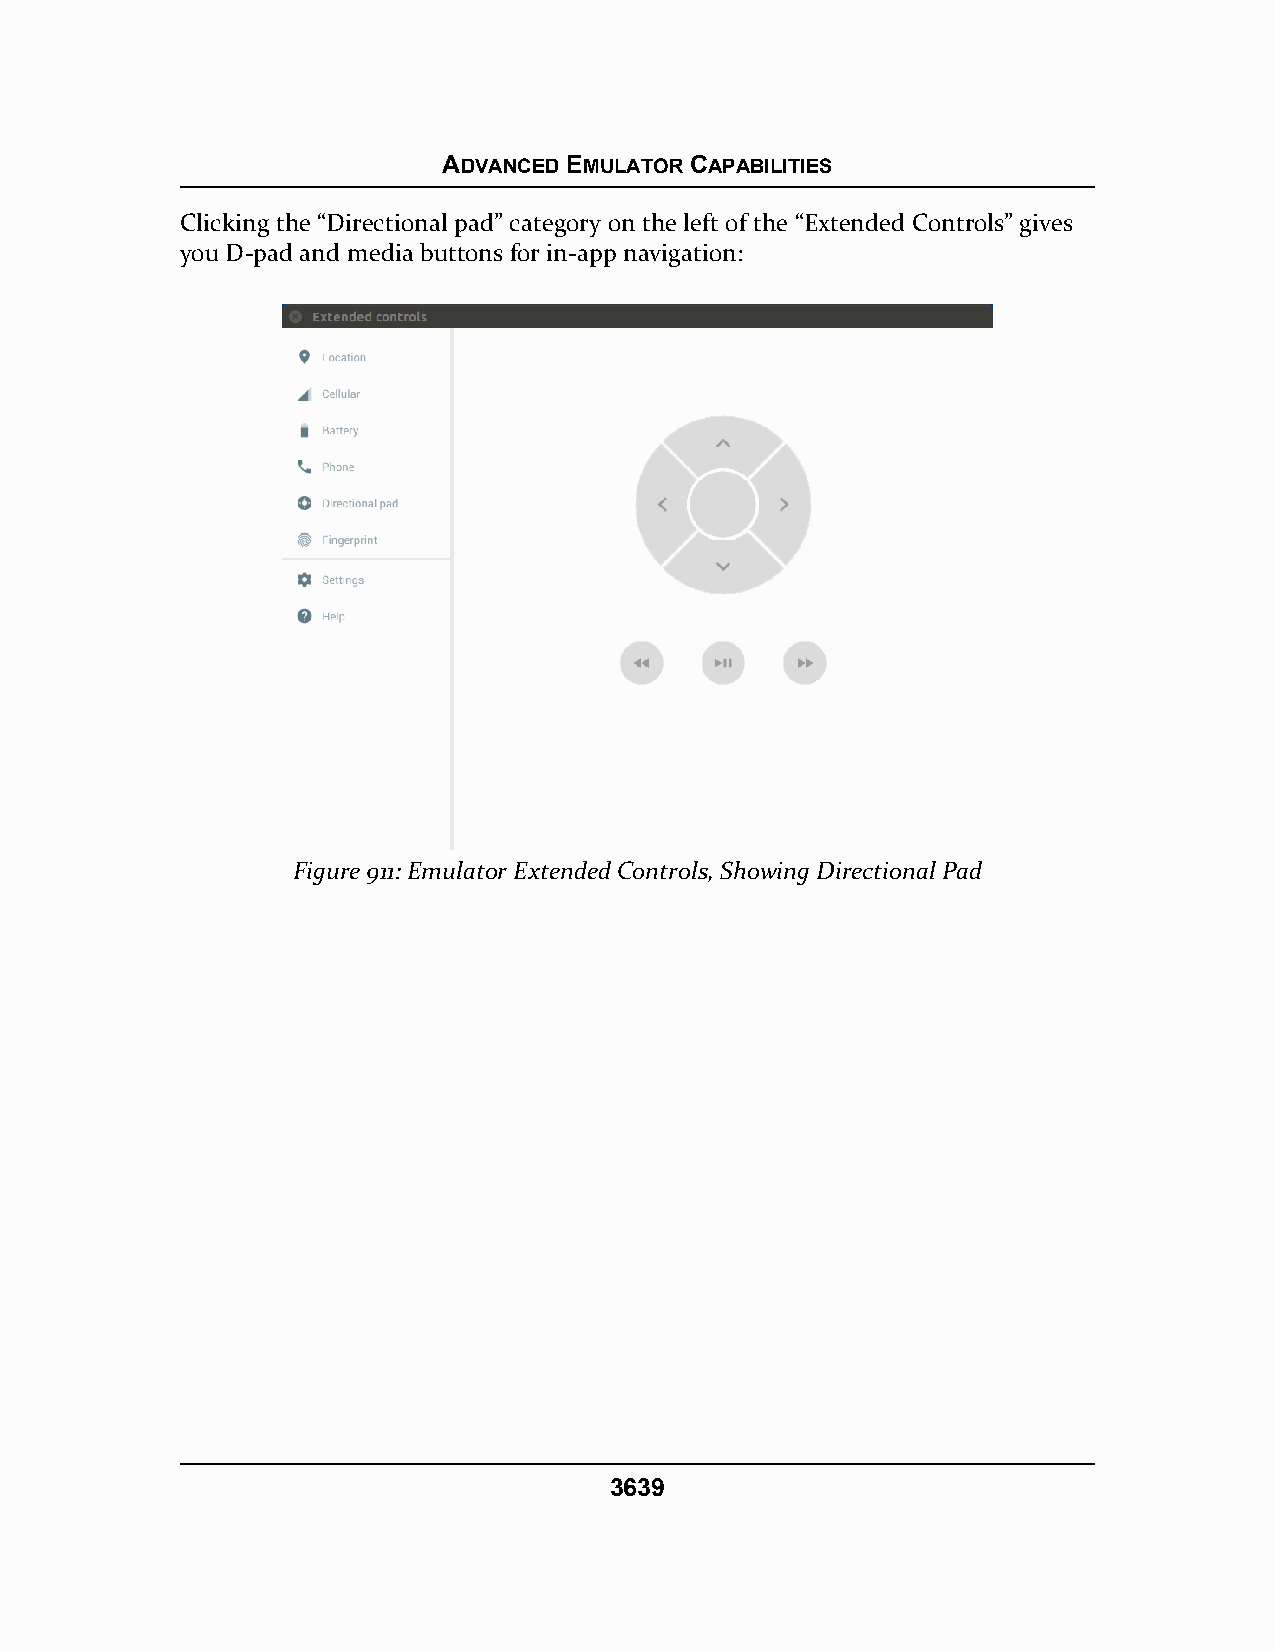
ADVANCED EMULATOR CAPABILITIES
 Clicking the “Directional pad” category on the left of the “Extended Controls” gives
 you D-pad and media buttons for in-app navigation:
 Figure 911: Emulator Extended Controls, Showing Directional Pad
 3639